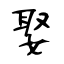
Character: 娶